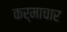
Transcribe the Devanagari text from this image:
कर्माचार